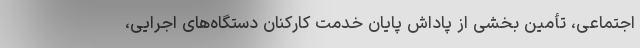
اجتماعی، تأمین بخشی از پاداش پایان خدمت کارکنان دستگاه‌های اجرایی،